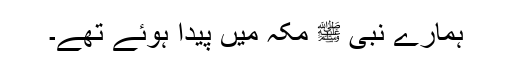
ہمارے نبی ﷺ مکہ میں پیدا ہوئے تھے۔